Lunatic asylums United Provinces 1909-1921 - 1909-1921
Year: 1909
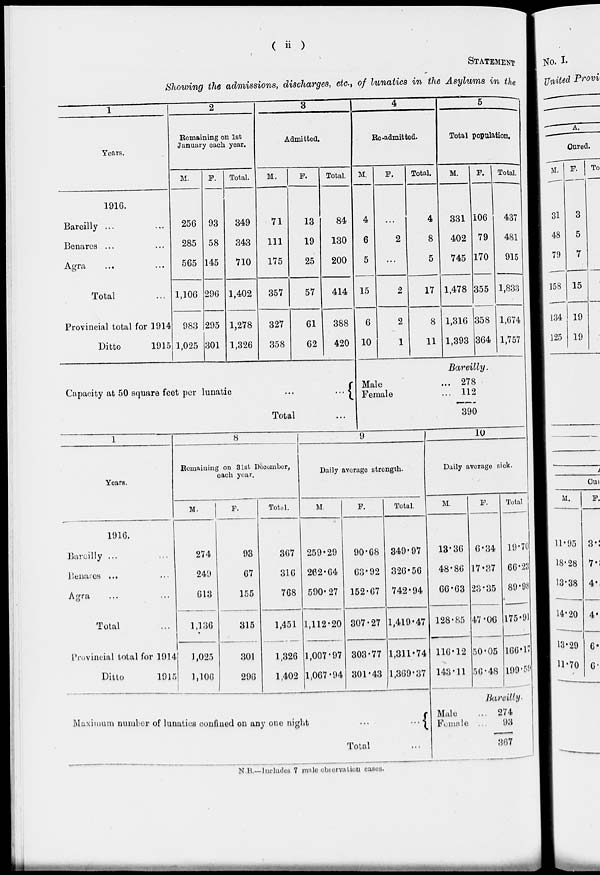
( ii )
STATEMENT
Showing the admissions, discharges, etc., of lunatics in the Asylums in the
1
Years.
1916.
Bareilly ... ...
Benares ... …
Agra ... ...
Total ...
Provincial total for 1914
Ditto
1915
2
Remaining on 1st
January each year.
M.
256
285
565
1,106
983
1,025
F.
93
58
145
296
295
301
Total.
349
343
710
1,402
1,278
1,326
3
Admitted.
M.
71
111
175
357
327
358
F.
13
19
25
57
61
62
Total.
84
130
200
414
388
420
Capacity at 50 square feet per lunatic
...
...
Total ...
4
Re-admitted.
M.
4
6
5
15
6
10
F.
...
2
...
2
2
1
Total.
4
8
5
17
8
11
5
Total population.
M.
331
402
745
1,478
1,316
1,393
F.
106
79
170
355
358
364
Total.
437
481
915
1,833
1,674
1,757
Bareilly.
Male ...
Female ...
278
112
390
1
Years.
1916.
Bareilly ... ...
Benares ... ...
Agra ... ...
Total ...
Provincial total for 1914
Ditto
1915
8
Remaining on 31st December,
each year.
M.
274
249
613
1,136
1,025
1,106
F.
93
67
155
315
301
296
Total.
367
316
768
1,451
1,326
1,402
9
Daily average strength.
M.
259.29
262.64
590.27
1,112.20
1,007.97
1,067.94
F.
90.68
63.92
152.67
307.27
303.77
301.43
Total.
349.97
326.56
742.94
1,419.47
1,311.74
1,369.37
Maximum number of lunatics confined on any one night
...
...
Total ...
10
Daily average
sick.
M.
13.36
48.86
66.63
128.85
116.12
143.11
F.
6.34
17.37
23.35
47.06
50.05
56.48
Total.
19.70
66.23
89.98
175.91
166.17
199.59
Bareilly.
Male
...
Female
...
274
93
367
N.B.—Includes 7 male observation cases.